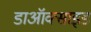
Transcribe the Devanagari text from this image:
डाऑक्साइड